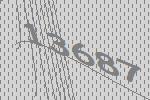
13687